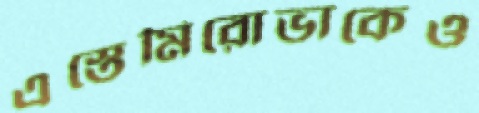
এস্তেমিরোভাকেও